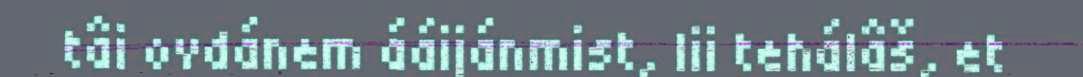
tâi ovdánem ááijánmist, lii tehálâš, et